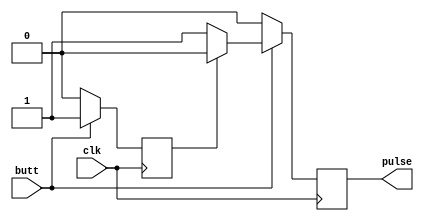
`timescale 1ns / 1ps
/**
* Company: ALTER, TFB-UPM
* Description:  Detects when tjere i an edge.
*               After the edge, it generates a pulse which lasts 1 clk period.
*               It is only useful when there is a pulse of one clock period.
*               It is used to delay the trigger of the LFSR generator for the 
*                   different components of the correlator.
*/


module delayer(
    input clk,
    input butt,
    output pulse
    );
    reg pulso;
    reg isUp;
    

    assign pulse = pulso;

    
    always @(posedge clk) begin
        if(butt == 0) begin
            isUp = 0;
            pulso = 0;
        end else if (isUp == 1) begin
            pulso = 0;        
        end else if (butt == 1)begin
            pulso = 1;
            isUp = 1;
        end
            
    end
    
endmodule